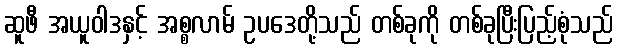
ဆူဖီ အယူဝါဒနှင့် အစ္စလာမ် ဥပဒေတို့သည် တစ်ခုကို တစ်ခုပြီးပြည့်စုံသည်